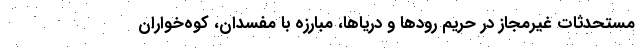
مستحدثات غیرمجاز در حریم رودها و دریاها، مبارزه با مفسدان، کوه‌خواران